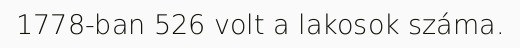
1778-ban 526 volt a lakosok száma.